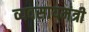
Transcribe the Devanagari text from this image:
व्यवसायमंत्री